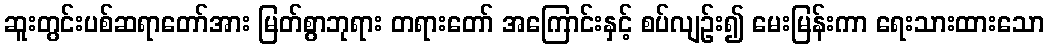
ဆူးတွင်းပစ်ဆရာတော်အား မြတ်စွာဘုရား တရားတော် အကြောင်းနှင့် စပ်လျဉ်း၍ မေးမြန်းကာ ရေးသားထားသော